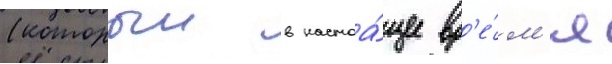
(которыи в настоа́щее вр'е́м'я